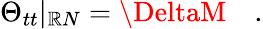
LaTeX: \Theta_{tt}\vert_{\mathbb{R}N}=\DeltaM\quad.